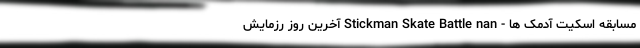
مسابقه اسکیت آدمک ها - Stickman Skate Battle nan آخرین روز رزمایش